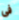
فى